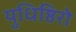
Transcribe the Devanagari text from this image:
युधिष्ठिरो